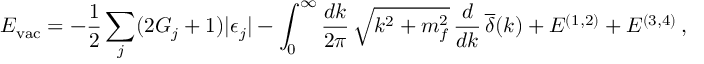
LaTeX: E _ { \mathrm { v a c } } = - \frac { 1 } { 2 } \sum _ { j } ( 2 G _ { j } + 1 ) | \epsilon _ { j } | - \int _ { 0 } ^ { \infty } \frac { d k } { 2 \pi } \, \sqrt { k ^ { 2 } + m _ { f } ^ { 2 } } \, \frac { d } { d k } \, \overline { { { \delta } } } ( k ) + E ^ { ( 1 , 2 ) } + E ^ { ( 3 , 4 ) } \, ,